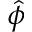
\hat { \phi }